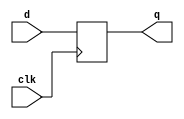
// Exercise 3-2-1-1: DFF1
module DFF1 (
    input clk,    // Clocks are used in sequential circuits
    input d,
    output reg q );//

    // Use a clocked always block
    //   copy d to q at every positive edge of clk
    //   Clocked always blocks should use non-blocking assignments
    always @(posedge clk) begin
        q <= d;
    end
endmodule